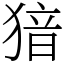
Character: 𤟟